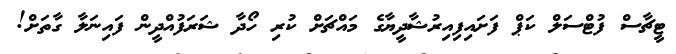
ޓީޗާސް ފުޓްސަލް ކަޕް ފަށައިފިއިރުޝާދީޔާގެ މައްޗަށް ކުރި ހޯދާ ޝަރަފުއްދީން ފައިނަލާ ގާތަށް!